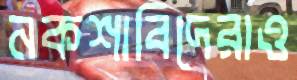
নকশাবিদেরাও